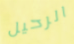
الرحيل